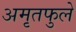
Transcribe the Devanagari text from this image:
अमृतफुले